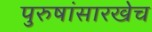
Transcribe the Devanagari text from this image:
पुरुषांसारखेच